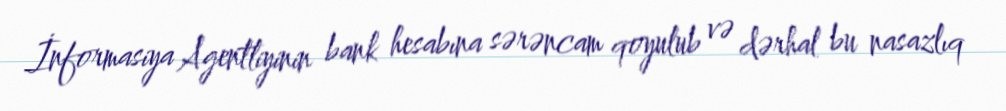
İnformasiya Agentliyinin bank hesabına sərəncam qoyulub və dərhal bu nasazlıq